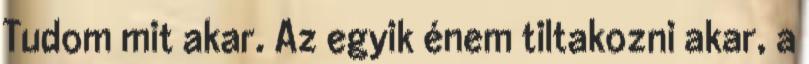
Tudom mit akar. Az egyik énem tiltakozni akar, a